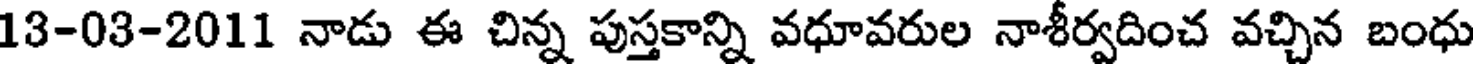
13-03-2011 నాడు ఈ చిన్న పుస్తకాన్ని వధూవరుల నాశీర్వదించ వచ్చిన బంధు